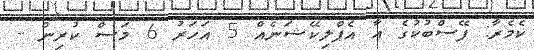
ކެމެރާ: ފޭސްބުކުގެ އާ އެޕްލިކޭޝަނެއް 5 އަހަރު 6 މަސް ކުރިން -